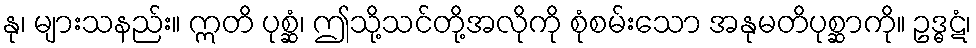
နု၊ များသနည်း။ ဣတိ ပုစ္ဆံ၊ ဤသို့သင်တို့အလိုကို စုံစမ်းသော အနုမတိပုစ္ဆာကို။ ဥဒ္ဓဋံ၊